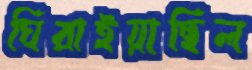
ঘিরাইয়াছিল